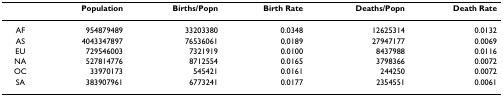
<table><thead><tr><td></td><td><b>Population</b></td><td><b>Births/Popn</b></td><td><b>Birth Rate</b></td><td><b>Deaths/Popn</b></td><td><b>Death Rate</b></td></tr></thead><tbody><tr><td>AF</td><td>954879489</td><td>33203380</td><td>0.0348</td><td>12625314</td><td>0.0132</td></tr><tr><td>AS</td><td>4043347897</td><td>76536061</td><td>0.0189</td><td>27947177</td><td>0.0069</td></tr><tr><td>EU</td><td>729546003</td><td>7321919</td><td>0.0100</td><td>8437988</td><td>0.0116</td></tr><tr><td>NA</td><td>527814776</td><td>8712554</td><td>0.0165</td><td>3798366</td><td>0.0072</td></tr><tr><td>OC</td><td>33970173</td><td>545421</td><td>0.0161</td><td>244250</td><td>0.0072</td></tr><tr><td>SA</td><td>383907961</td><td>6773241</td><td>0.0177</td><td>2354551</td><td>0.0061</td></tr></tbody></table>